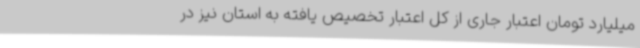
میلیارد تومان اعتبار جاری از کل اعتبار تخصیص یافته به استان نیز در